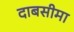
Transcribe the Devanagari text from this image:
दाबसीमा